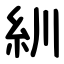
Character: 紃